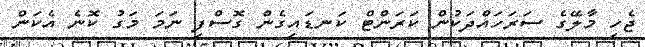
ޖެހި މާލޭގެ ސަރަހައްދަކުން ކަރަންޓް ކަނޑައިގެން ގޮސްފި ނަމަ މަގު ކޮނެ އެކަން